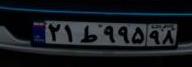
۲۱ط۹۹۵۹۸